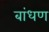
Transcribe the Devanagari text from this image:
बांधण